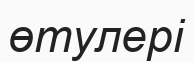
өтулері